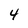
Character: 4